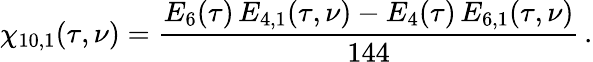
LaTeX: \chi_{10,1}(\tau,\nu)=\frac{E_{6}(\tau)\, E_{4,1}(\tau,\nu)-E_{4}(\tau)\, E_{6,1}(\tau,\nu)}{144}\, .